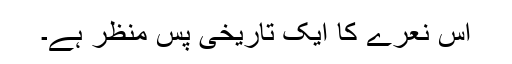
اس نعرے کا ایک تاریخی پس منظر ہے۔